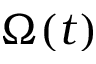
\Omega ( t )